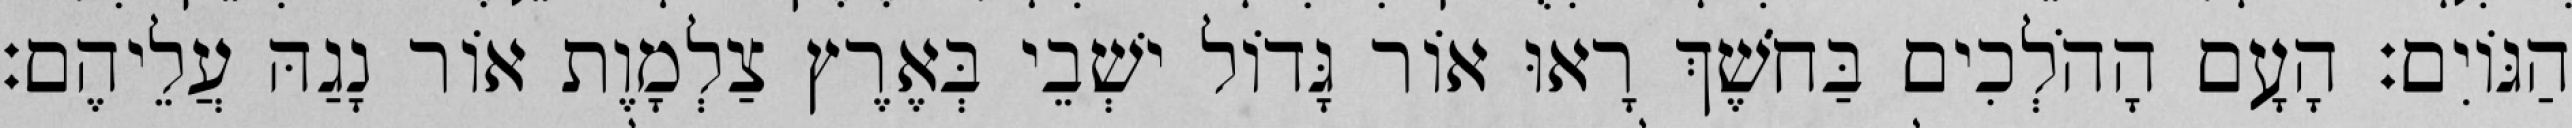
הַגּוֹיִם׃ הָעָם הָהֹלְכִים בַּחֹשֶׁךְ רָאוּ אוֹר גָּדוֹל ישְׁבֵי בְּאֶרֶץ צַלְמָוֶת אוֹר נָגַהּ עֲלֵיהֶם׃